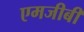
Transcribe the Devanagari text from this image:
एमजीबी